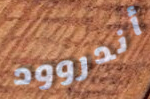
أندروود